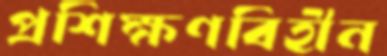
প্রশিক্ষণবিহীন